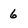
Character: 6